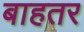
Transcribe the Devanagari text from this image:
बाहतर